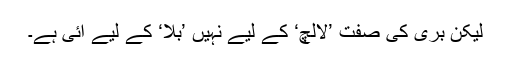
لیکن بُری کی صفت ’لالچ‘ کے لیے نہیں ’بلا‘ کے لیے آئی ہے۔